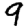
Digit: 9